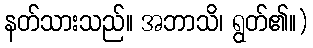
နတ်သားသည်။ အဘာသိ၊ ရွတ်၏။)